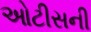
ઓટીસની